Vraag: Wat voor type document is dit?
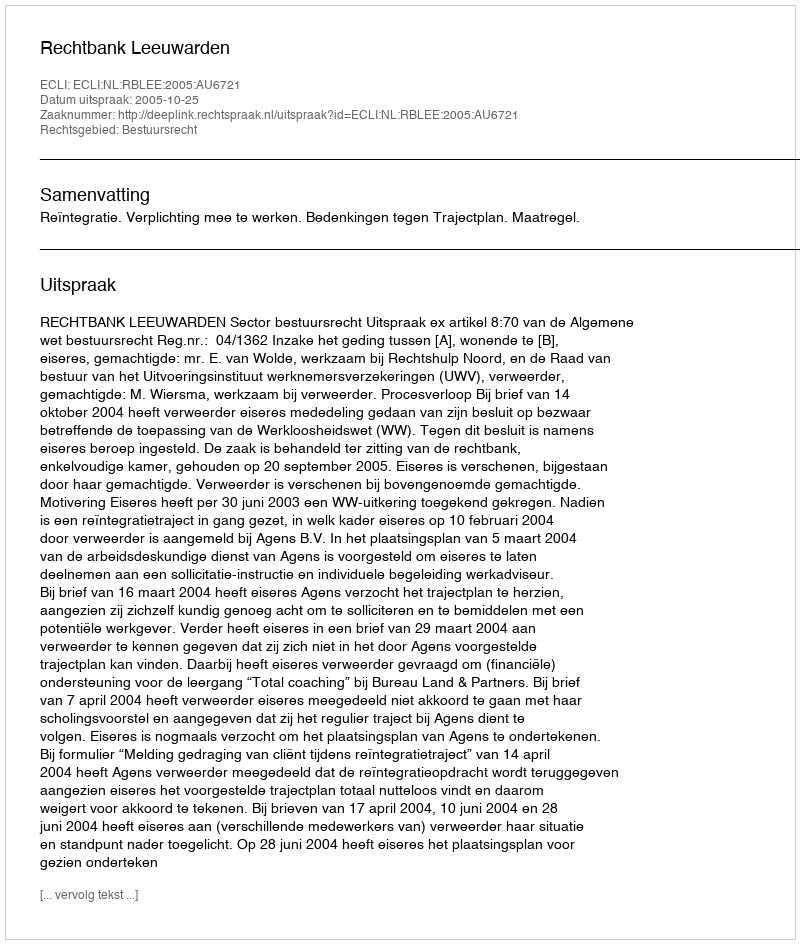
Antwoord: Uitspraak